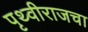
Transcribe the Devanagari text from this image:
पृथ्वीराजचा